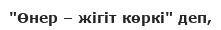
"Өнер – жігіт көркі" деп,